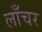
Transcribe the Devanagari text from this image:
लाँचर